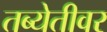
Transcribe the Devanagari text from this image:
तब्येतीवर